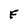
Character: F